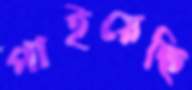
পাইয়েছি